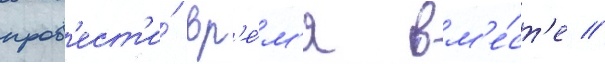
пров'ест'и́ вр'е́м'я вм'е́ст'е //